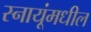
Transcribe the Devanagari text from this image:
स्नायूंमधील